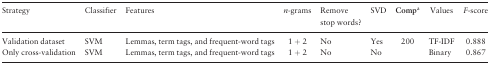
| Strategy | Classifier | Features | n-grams | Remove stop words? | SVD | Compa | Values | F-score |
 | --- | --- | --- | --- | --- | --- | --- | --- | --- |
 | Validation dataset | SVM | Lemmas, term tags, and frequent-word tags | 1 + 2 | No | Yes | 200 | TF-IDF | 0.888 |
 | Only cross-validation | SVM | Lemmas, term tags, and frequent-word tags | 1 + 2 | No | No |  | Binary | 0.867 |